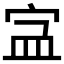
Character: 𡧾